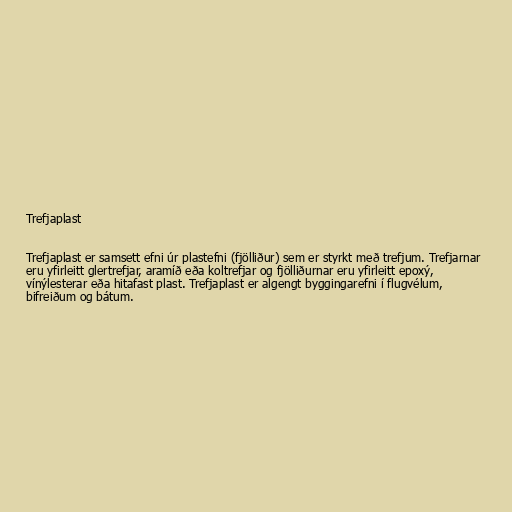
Trefjaplast

Trefjaplast er samsett efni úr plastefni (fjölliður) sem er styrkt með trefjum. Trefjarnar
eru yfirleitt glertrefjar, aramíð eða koltrefjar og fjölliðurnar eru yfirleitt epoxý,
vínýlesterar eða hitafast plast. Trefjaplast er algengt byggingarefni í flugvélum,
bifreiðum og bátum.